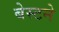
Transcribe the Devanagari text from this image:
बेस्टने